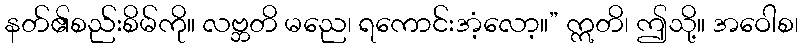
နတ်၏စည်းစိမ်ကို။ လဗ္ဘတိ မညေ၊ ရကောင်းအံ့လော့။” ဣတိ၊ ဤသို့။ အဝေါစ၊